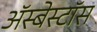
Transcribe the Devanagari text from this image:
ॲस्बेस्टॉस